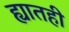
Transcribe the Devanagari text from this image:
ह्यातही